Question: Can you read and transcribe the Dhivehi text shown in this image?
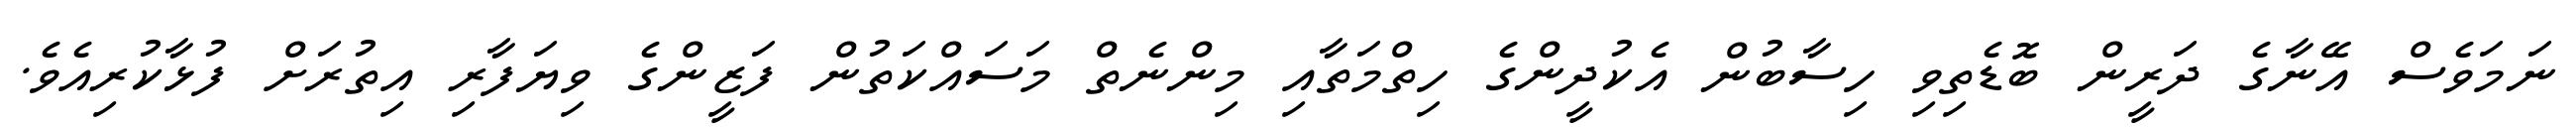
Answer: ނަމަވެސް އޭނާގެ ދަރީން ބޮޑެތިވި ހިސާބުން އެކުދީންގެ ހިތްމަތާއި މިންނެތް މަސައްކަތުން ފަޒީންގެ ވިޔަފާރި އިތުރަށް ފުޅާކުރިއެވެ.